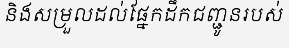
និងសម្រួលដល់ផ្នែកដឹកជញ្ជូនរបស់